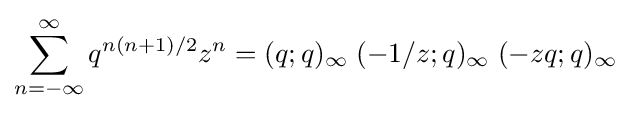
\sum _{n=-\infty }^{\infty }q^{n(n+1)/2}z^{n}=(q;q)_{\infty }\;(-1/z;q)_{\infty }\;(-zq;q)_{\infty }